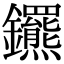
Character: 𨰟